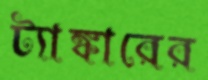
ট্যাঙ্কারের